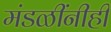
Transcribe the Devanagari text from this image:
मंडळींनीही